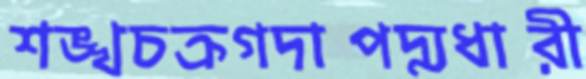
শঙ্খচক্রগদাপদ্মধারী